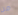
من